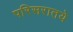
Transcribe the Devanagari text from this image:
परिसरातये